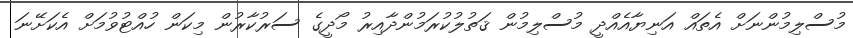
މުސްލިމުންނަށް އެތައް އަނިޔާއެއްދީ މުސްލިމުން ޤަތުލުކުރަމުންދާއިރު މޯދީގެ ސަރުކާރުން މިކަން ހުއްޓުވުމަށް އެކަށޭނަ